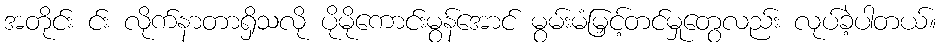
အတိုင်း င်း လိုက်နာတာရှိသလို ပိုမိုကောင်းမွန်အောင် မွမ်းမံမြှင့်တင်မှုတွေလည်း လုပ်ခဲ့ပါတယ်။